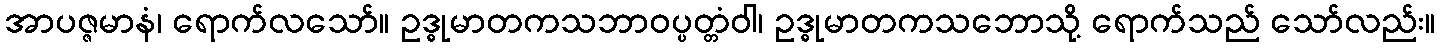
အာပဇ္ဇမာနံ၊ ရောက်လသော်။ ဥဒ္ဓုမာတကသဘာဝပ္ပတ္တံဝါ၊ ဥဒ္ဓုမာတကသဘောသို့ ရောက်သည် သော်လည်း။